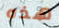
هذه